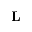
\mathbf { L }